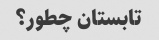
تابستان چطور؟